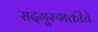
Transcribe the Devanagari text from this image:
सदगुरुभक्तीचे